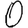
Digit: 0